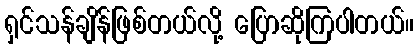
ရှင်သန်ချိန်ဖြစ်တယ်လို့ ပြောဆိုကြပါတယ်။